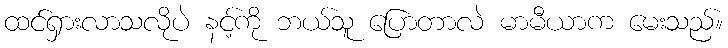
ထင်ရှားလာသလိုပဲ နင့်ကို ဘယ်သူ ပြောတာလဲ မာမီယာက မေးသည်။